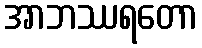
အာဘဿရတော